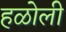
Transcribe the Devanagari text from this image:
हळोली